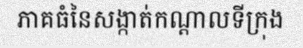
ភាគធំនៃសង្កាត់កណ្តាលទីក្រុង